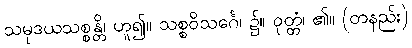
သမုဒယသစ္စန္တိ၊ ဟူ၍။ သစ္စဝိသင်္ဂေ၊ ၌။ ဝုတ္တံ၊ ၏။ (တနည်း)